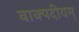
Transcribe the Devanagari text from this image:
वाक्पदीयम्‌